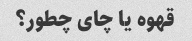
قهوه یا چای چطور؟